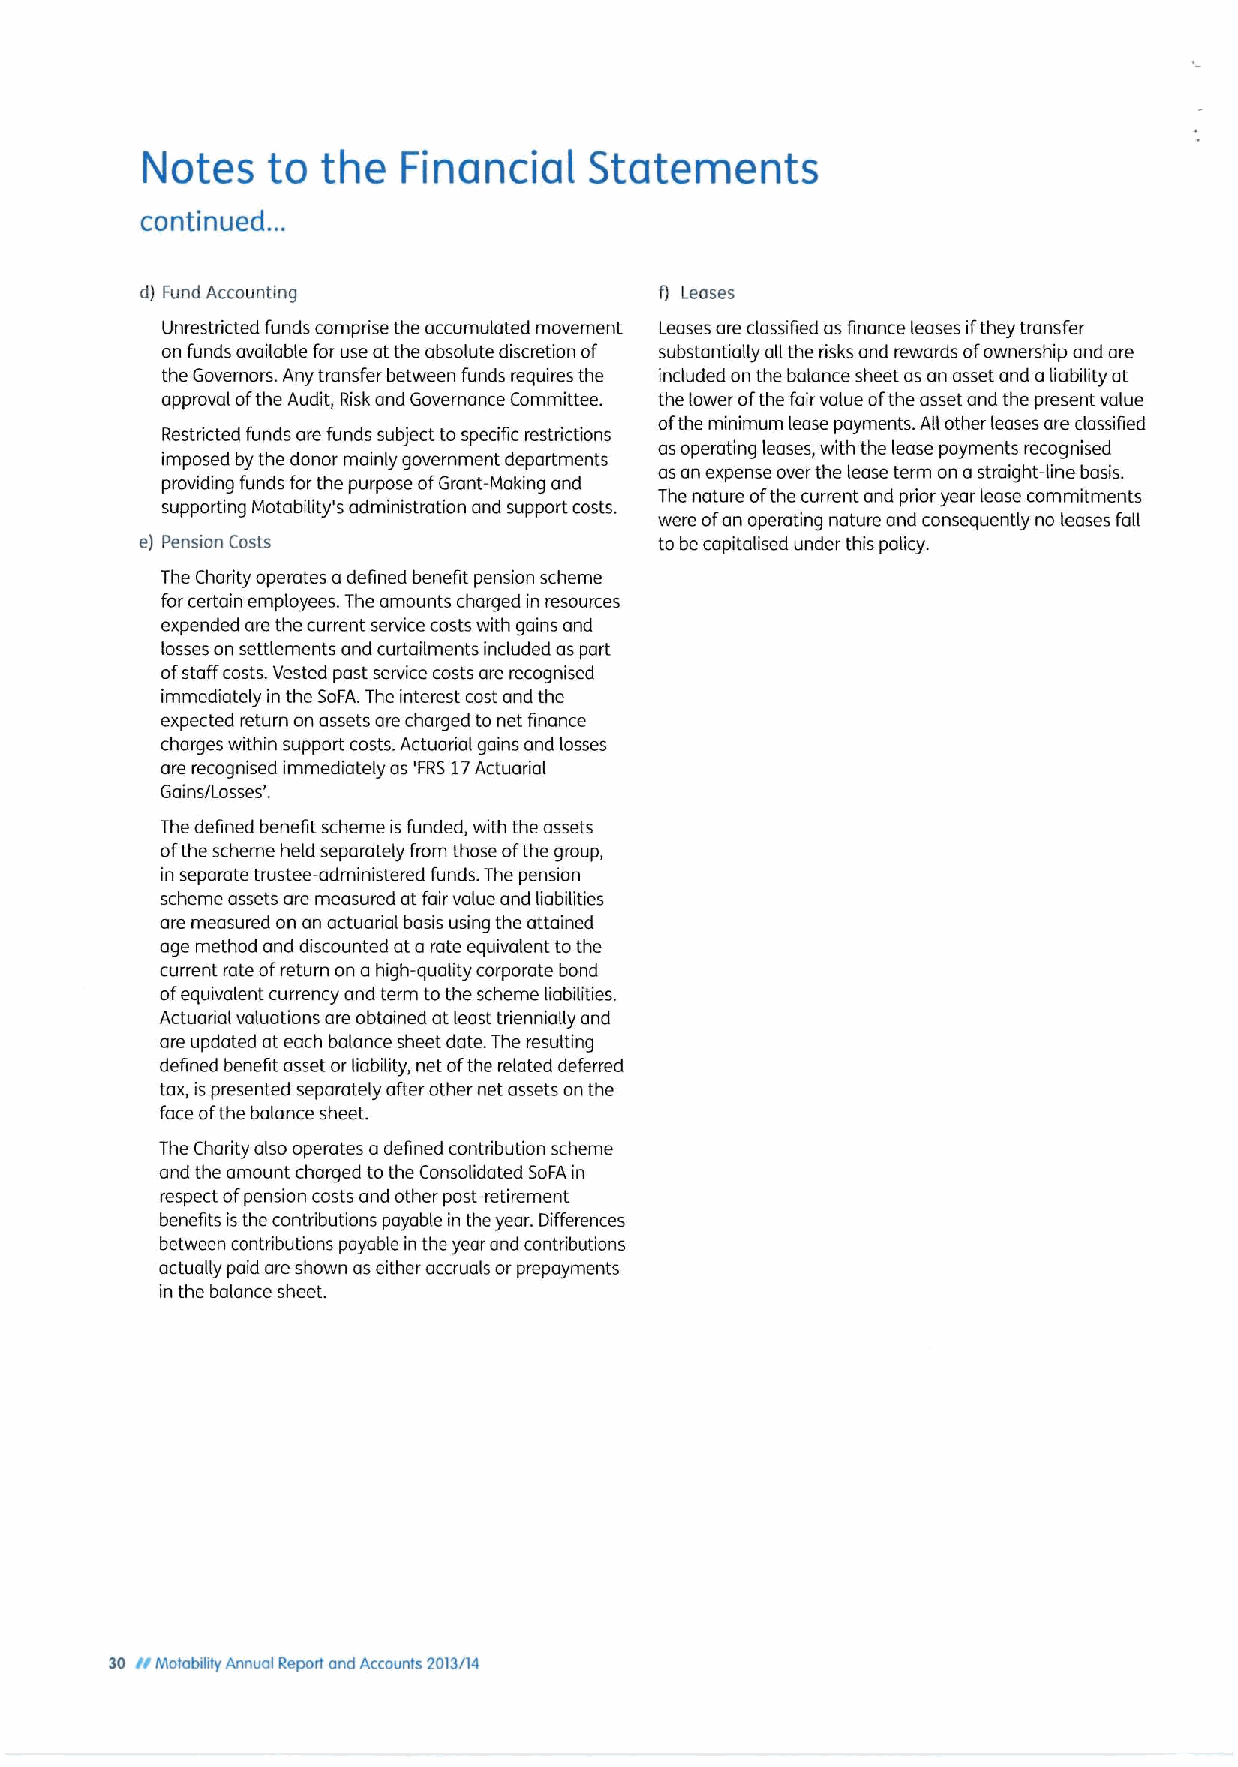
Notes    to the   Financial   Statements
 continued. ..
 d) Fund Accounting                 f) Leases
 Unrestricted funds comprise the accumulated movement Leases are classified as finance leases ifthey transfer
 on funds available for use at the absolute discretion of substantially all the risks and rewards ofownership and are
 the Governors. Any transfer between funds requires the included on the balance sheet as an asset and aliability at
 approval ofthe Audit, Risk and Governance Committee. the lower ofthe fair value ofthe asset and the present value
 ofthe minimum lease payments. All other leases are classified
 Restdicted funds are funds subject to specific restrictions
 as operating leases, with the lease payments recognised
 imposed by the donor mainly government departments
 as an expense over the lease term on astraight-line basis.
 providing funds for the purpose ofGrant-Making and
 The nature ofthe current and prior year lease commitments
 supporting Motability's administration and support costs.
 were ofan operating nature and consequently no leases fall
 e) Pension Costs                   to be capitalised under this policy.
 The Charity operates adefined benefit pension scheme
 for certain employees. The amounts charged in resources
 expended are the current service costs with gains and
 losses on settlements and curtailments included as part
 ofstaff costs. Vested past service costs are recognised
 immediately in the SoFA.The interest cost and the
 expected return on assets are charged to net finance
 charges within support costs. Actuorial gains and losses
 are recognised immediately as 'FRS17Actuarial
 Gains/Losses'.
 The defined benefit scheme is funded, with the assets
 ofthe scheme held separately from those ofthe group,
 in separate trustee-administered funds. The pension
 scheme assets are measured at fair value and liabiTities
 are measured on an actuarial basis using the attained
 age method and discounted at a rate equivalent tothe
 current rate ofreturn on a high-quality corporate bond
 ofequivalent currency and term to the scheme liabilities.
 Actuarial valuations are obtained at least triennially and
 are updated at each balance sheet date. The resulting
 defined benefit asset orliability, net ofthe related deferred
 tax, ispresented separately after other net assets on the
 face ofthe balance sheet.
 The Charity also operates adefined contribution scheme
 and the amount charged to the Consolidated SoFAin
 respect ofpension costs and other post-retirement
 benefits isthe contdibutions payable in the year. Differences
 between contributions payable in the year and contdibutions
 actually paid are shown as either accruals or prepayments
 in the balance sheet.
 il
 30 Motabikty Annual Report and Accounts 2013/14